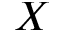
X